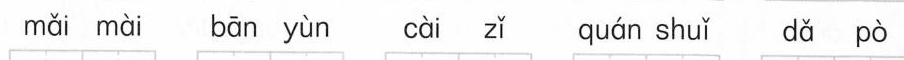
mǎi mài bān yùn cài zǐ quán shuǐ dǎ pò